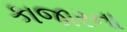
કાજારના